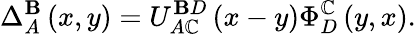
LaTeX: \Delta_{A}^{\mathbf{B}}\left(x,y\right)=U_{A\mathbb{C}}^{\mathbf{B}D}\left(x-y\right)\Phi_{D}^{\mathbb{C}}\left(y,x\right).